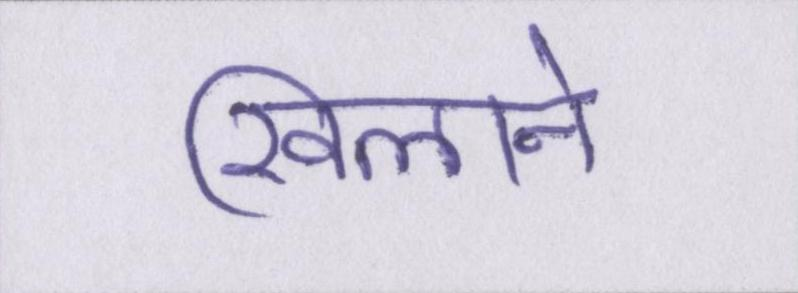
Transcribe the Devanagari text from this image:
खिलाने